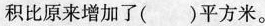
积比原来增加了( )平方米。